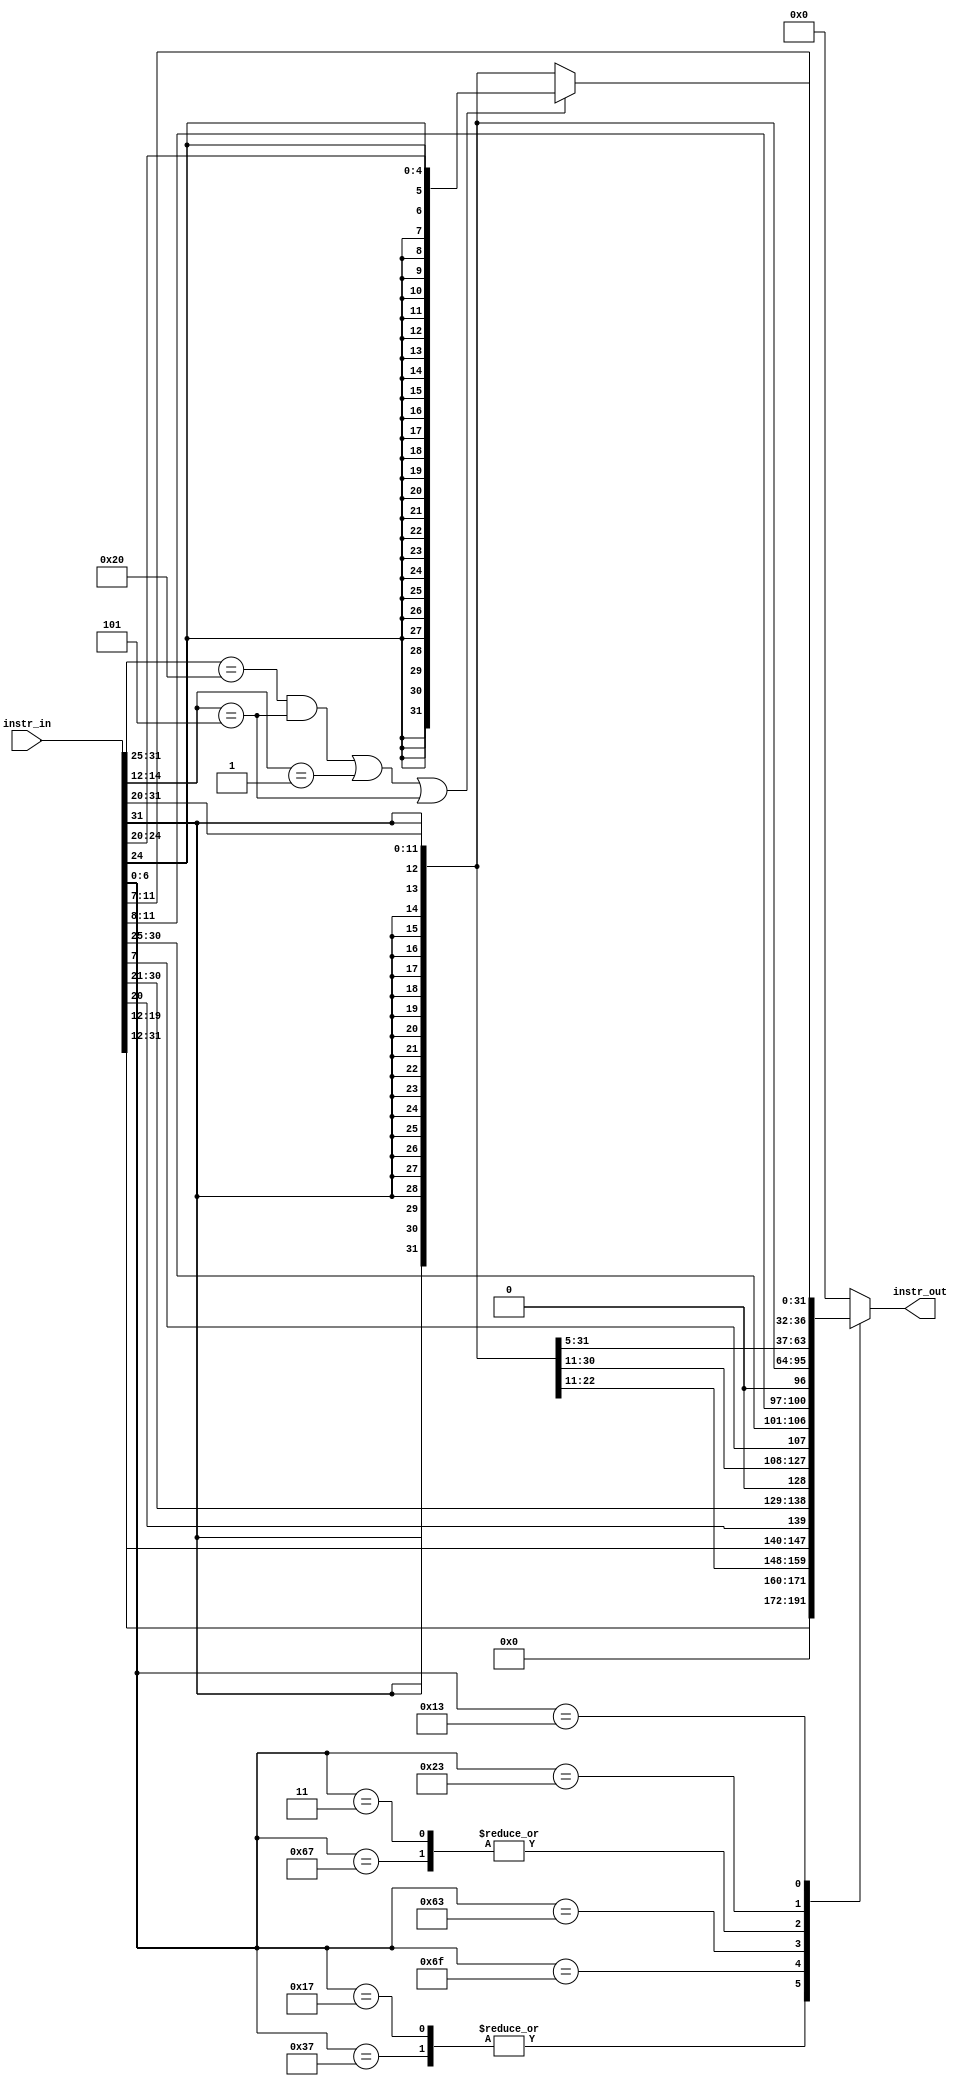
module immext(
    input  wire [31:0]instr_in,
    output wire [31:0] instr_out
    );
    reg [31:0]imm_temp;
    wire [6:0] opcode;
    wire [4:0] rs2_temp;
    assign opcode   = instr_in[6:0];
    assign rs2_temp = instr_in[24:20];
   
//    localparam [6:0]R_TYPE  = 7'b0110011, // op: 000
//                I_TYPE  = 7'b0010011, // op: 001
//                S_TYPE   = 7'b0100011, // op: 010
//                L_TYPE    = 7'b0000011, // op: 011
//                B_TYPE  = 7'b1100011,   // op: 100
//                JALR    = 7'b1100111,   // op: 101
//                JAL     = 7'b1101111,   // op  101
//                AUIPC   = 7'b0010111,   // op: 110
//                LUI     = 7'b0110111;   // op: 110
    


   
   always @(instr_in)
        case (opcode)
        7'b0110111: 
            imm_temp = {instr_in[31:12], 12'b0};//LUI
        7'b0010111: 
            imm_temp = {instr_in[31:12], 12'b0};//AUIPC
        7'b1101111: 
            imm_temp = {{12{instr_in[31]}}, instr_in[19:12], instr_in[20], instr_in[30:21], 1'b0};//JAL
        7'b1100111: 
            imm_temp = {{20{instr_in[31]}}, instr_in[31:20]};//JALR
        7'b1100011: 
            imm_temp = {{20{instr_in[31]}}, instr_in[7], instr_in[30:25], instr_in[11:8], 1'b0};//BEQ, BNE, BLT, BGE, BLUT, BGEU
        7'b0000011: 
            imm_temp = {{20{instr_in[31]}}, instr_in[31:20]};//LB, LH, LW, LBU, LHU
        7'b0100011: 
            imm_temp = {{20{instr_in[31]}}, instr_in[31:25], instr_in[11:7]};//SB, SH, SW
        7'b0010011: 
            begin 
            if((instr_in[31:25]==7'b0100000&&instr_in[14:12]==3'b101)||(instr_in[14:12]==3'b001)||instr_in[14:12]==3'b101)
                imm_temp = {{27{rs2_temp[4]}}, rs2_temp};
            else
                imm_temp = {{20{instr_in[31]}}, instr_in[31:20]};//ADDI, SLTI, SLTIU, XORI, ORI, ANDI
            end
        default
            imm_temp = {32'b0};

endcase

   
   assign instr_out = imm_temp;
endmodule